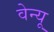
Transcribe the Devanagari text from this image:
वेन्यू